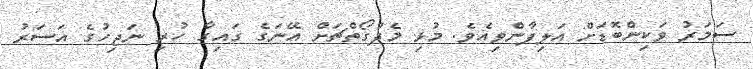
ސަމަރު ވަކިންބޮޑަށް އަލިފާންވިއެވެ. މުޅި މެދުގޯތްޗަށް އޭނަގެ ގައިގާ ހުރި ނަޖިހުގެ އަސަރު